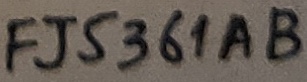
Text: FJ5361AB